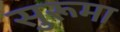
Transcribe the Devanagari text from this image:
सुरूमा